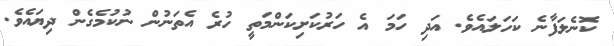
ކޮނެލަފާނެ ކަހަލައެވެ. އަދި ހަމަ އެ ހަރުކަށިކަންމަތީ ހުރެ އެތަނުން ނުކުމެގެން ދިޔައެވެ.